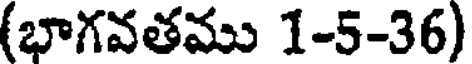
(భాగవతము 1-5-36)